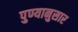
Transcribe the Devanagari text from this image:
पुण्यानुसार